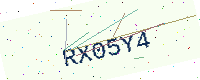
Text: RX05Y4